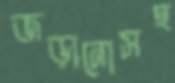
জড়ানোসহ